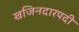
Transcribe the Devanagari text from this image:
खजिनदारपदी